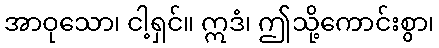
အာဝုသော၊ ငါ့ရှင်။ ဣဒံ၊ ဤသို့ကောင်းစွာ၊